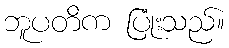
ဘူပတိက ပြုံးသည်။